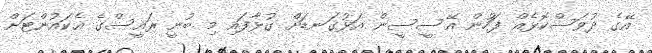
އޭގެ ދުވަސްކޮޅެއް ފަހުން އޭސީސީން އަޅުގަނޑަށް ގުޅާފައި މި ބުނީ ރައީސްގެ އެކައުންޓަށް